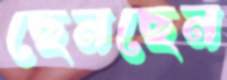
ছেনছেন